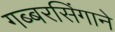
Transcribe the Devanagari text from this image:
गब्बरसिंगाने